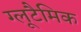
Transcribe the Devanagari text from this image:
ग्लूटैमिक